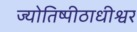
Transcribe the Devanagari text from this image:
ज्योतिष्पीठाधीश्वर